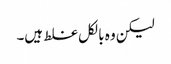
لیکن وہ بالکل غلط ہیں۔